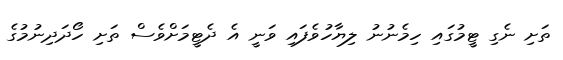
ތަށި ނެގި ޓީމުގައި ހިމެނުނު ލިޔާހުވެފައި ވަނީ އެ ދެޓީމަށްވެސް ތަށި ހޯދަދިނުމުގެ